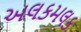
અલકમલક